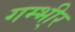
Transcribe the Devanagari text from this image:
गम्भी्र